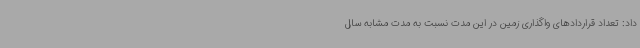
داد: تعداد قراردادهای واگذاری زمین در این مدت نسبت به مدت مشابه سال